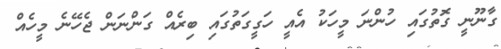
ގާނޫނީ ގޮތުގައި ހުންނަ މީހަކު އެއީ ހަގީގަތުގައި ބިރެއް ގަންނަން ޖެހޭނެ މީހެއް